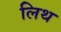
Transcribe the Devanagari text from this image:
लिथ